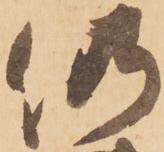
仍